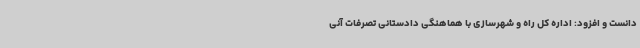
دانست و افزود: اداره کل راه و شهرسازی با هماهنگی دادستانی تصرفات آنی